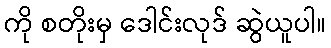
ကို စတိုးမှ ဒေါင်းလုဒ် ဆွဲယူပါ။